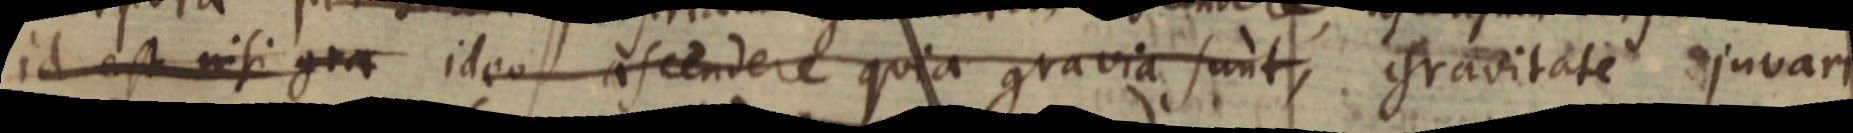
id est nisi gra ideo ascendere quia gravia sunt, gravitate juvari